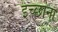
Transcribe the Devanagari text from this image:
इच्छांना